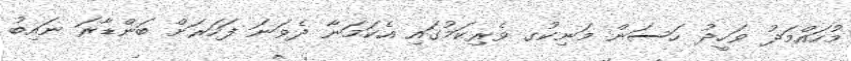
މުހައްމަދު ވަހީދު ހަސަން މަނިކުގ ވެރިކަމުގައި އެކަމަނާ ދެވަނަ ފަހަރަށް ބަންޑާރަ ނައިބު